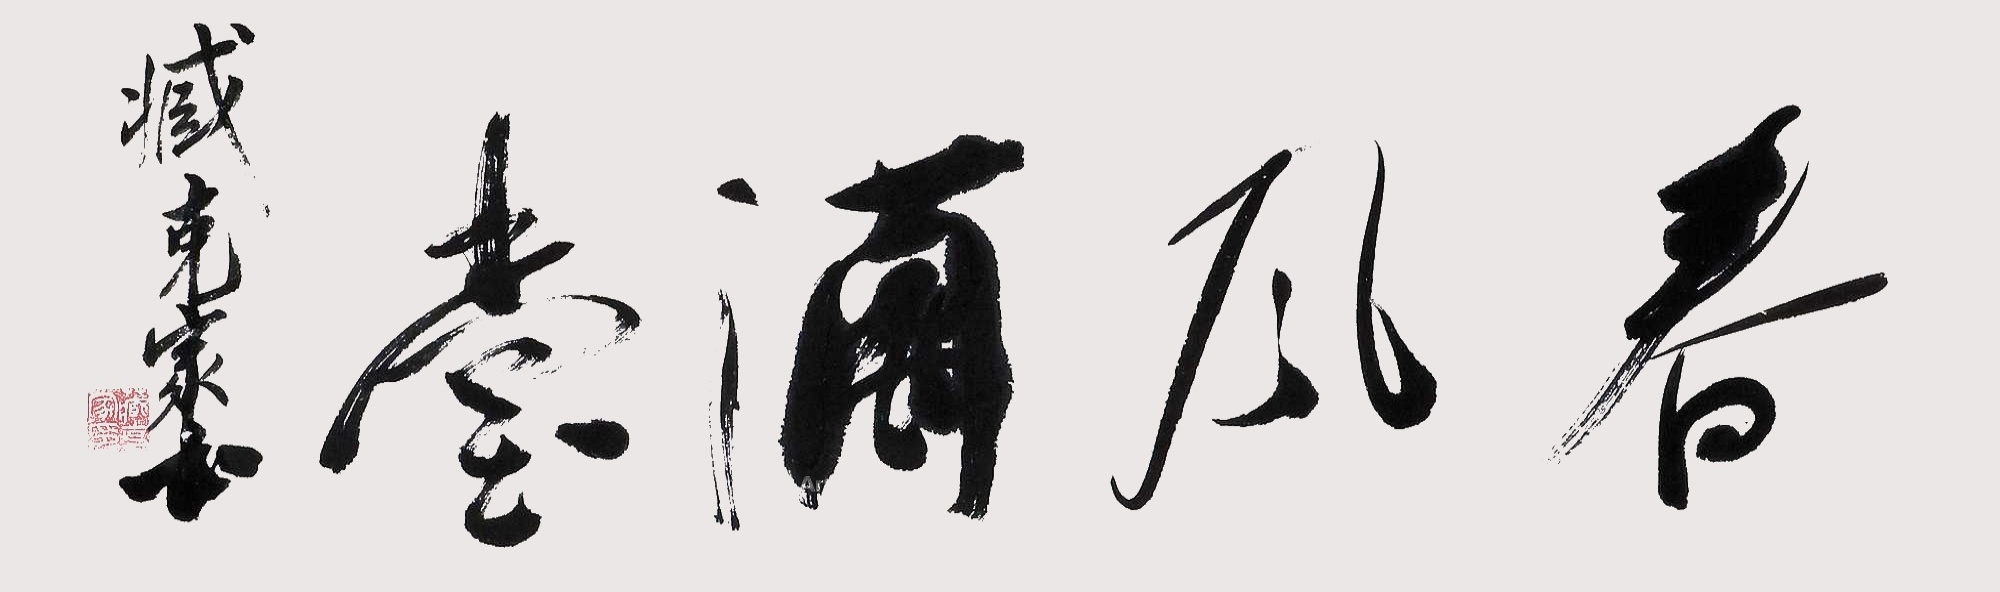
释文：春风满堂，臧克家书。